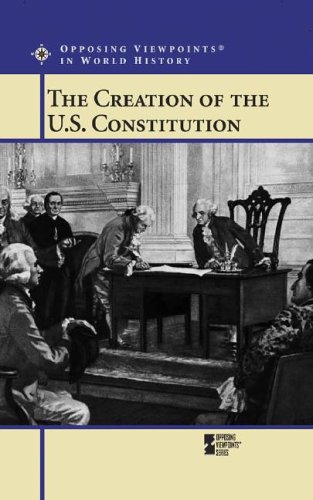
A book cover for Opposing Viewpoints in World History - The Creation of the U.S. Constitution (hardcover edition); Teen & Young Adult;